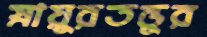
স্নায়ুরতন্তুর